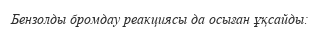
Бензолды бромдау реакциясы да осыған ұқсайды: